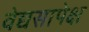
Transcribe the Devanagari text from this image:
वेद्यसापेक्ष